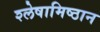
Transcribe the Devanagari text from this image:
श्लेषामिष्ठान